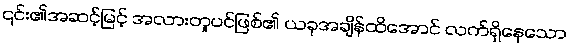
၎င်း၏အဆင့်မြင့် အလားတူပင်ဖြစ်၏ ယခုအချိန်ထိအောင် လက်ရှိနေသော